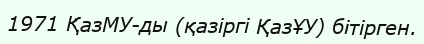
1971 ҚазМУ-ды (қазіргі ҚазҰУ) бітірген.